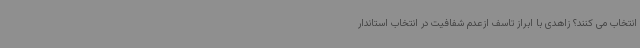
انتخاب می کنند؟ زاهدی با ابراز تاسف ازعدم شفافیت در انتخاب استاندار